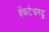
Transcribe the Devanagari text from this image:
वेंकटेश्वरुडु